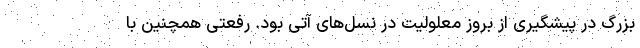
بزرگ در پیشگیری از بروز معلولیت در نسل‌های آتی بود. رفعتی همچنین با